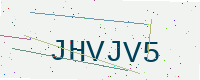
Text: JHVJV5